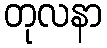
တုလနာ